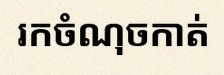
រកចំណុចកាត់